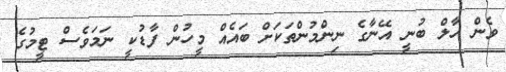
ވެން ހާލް ބުނީ އޭނާގެ ނިންމުންތަކަށް ބައެއް މީހުން ފާޑުކީ ނަމަވެސް ޓީމުގެ